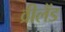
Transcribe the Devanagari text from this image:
व्रीलैंड